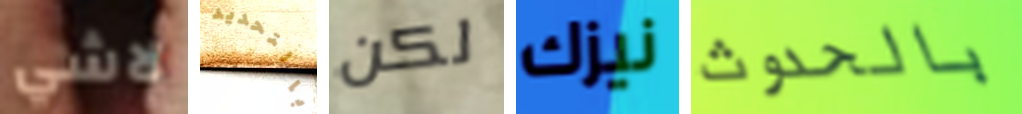
لاشي بالتحديد لكن نيزك بالحدوث